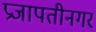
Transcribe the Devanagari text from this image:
प्रजापतीनगर